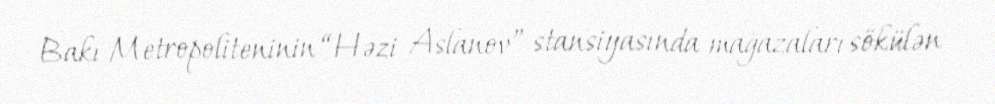
Bakı Metropoliteninin “Həzi Aslanov” stansiyasında mağazaları sökülən